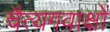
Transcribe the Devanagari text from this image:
चैत्यगवाक्षों